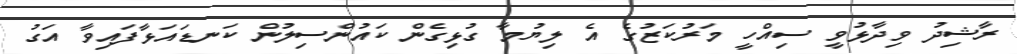
ރާޝިދު ވިދާޅުވީ ސިއްހީ މަރުކަޒުގެ އެ ލިޔުމާ ގުޅިގެން ކައުންސިލުން ކަނޑައަޅާފައިވާ އަގު